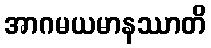
အာဂမယမာနဿာတိ